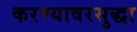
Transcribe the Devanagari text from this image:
करण्यावरसुद्धा